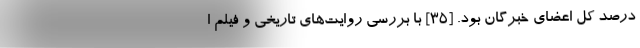
درصد کل اعضای خبرگان بود. [۳۵] با بررسی روایت‌های تاریخی و فیلم ا